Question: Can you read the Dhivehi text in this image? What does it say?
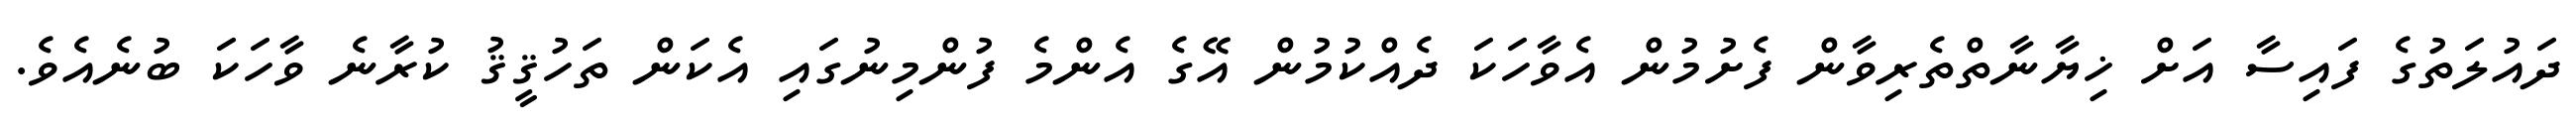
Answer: ދައުލަތުގެ ފައިސާ އަށް ޚިޔާނާތްތެރިވާން ފެށުމުން އެވާހަކަ ދެއްކުމުން އޭގެ އެންމެ ފުންމިނުގައި އެކަން ތަހުޤީޤު ކުރާނެ ވާހަކަ ބުނެއެވެ.